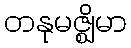
တနုမဇ္ဈိမာ